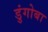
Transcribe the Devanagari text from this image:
डुंगोबा